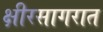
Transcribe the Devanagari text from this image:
क्षीरसागरात